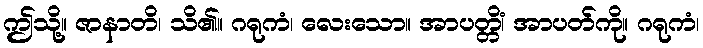
ဤသို့။ ဇာနာတိ၊ သိ၏။ ဂရုကံ၊ လေးသော။ အာပတ္တိံ၊ အာပတ်ကို။ ဂရုကံ၊